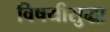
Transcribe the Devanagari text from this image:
विषयीसुद्धा